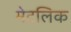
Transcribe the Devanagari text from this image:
मेटलिक